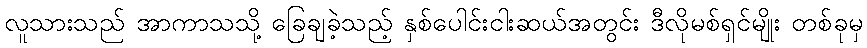
လူသားသည် အာကာသသို့ ခြေချခဲ့သည့် နှစ်ပေါင်းငါးဆယ်အတွင်း ဒီလိုမစ်ရှင်မျိုး တစ်ခုမှ